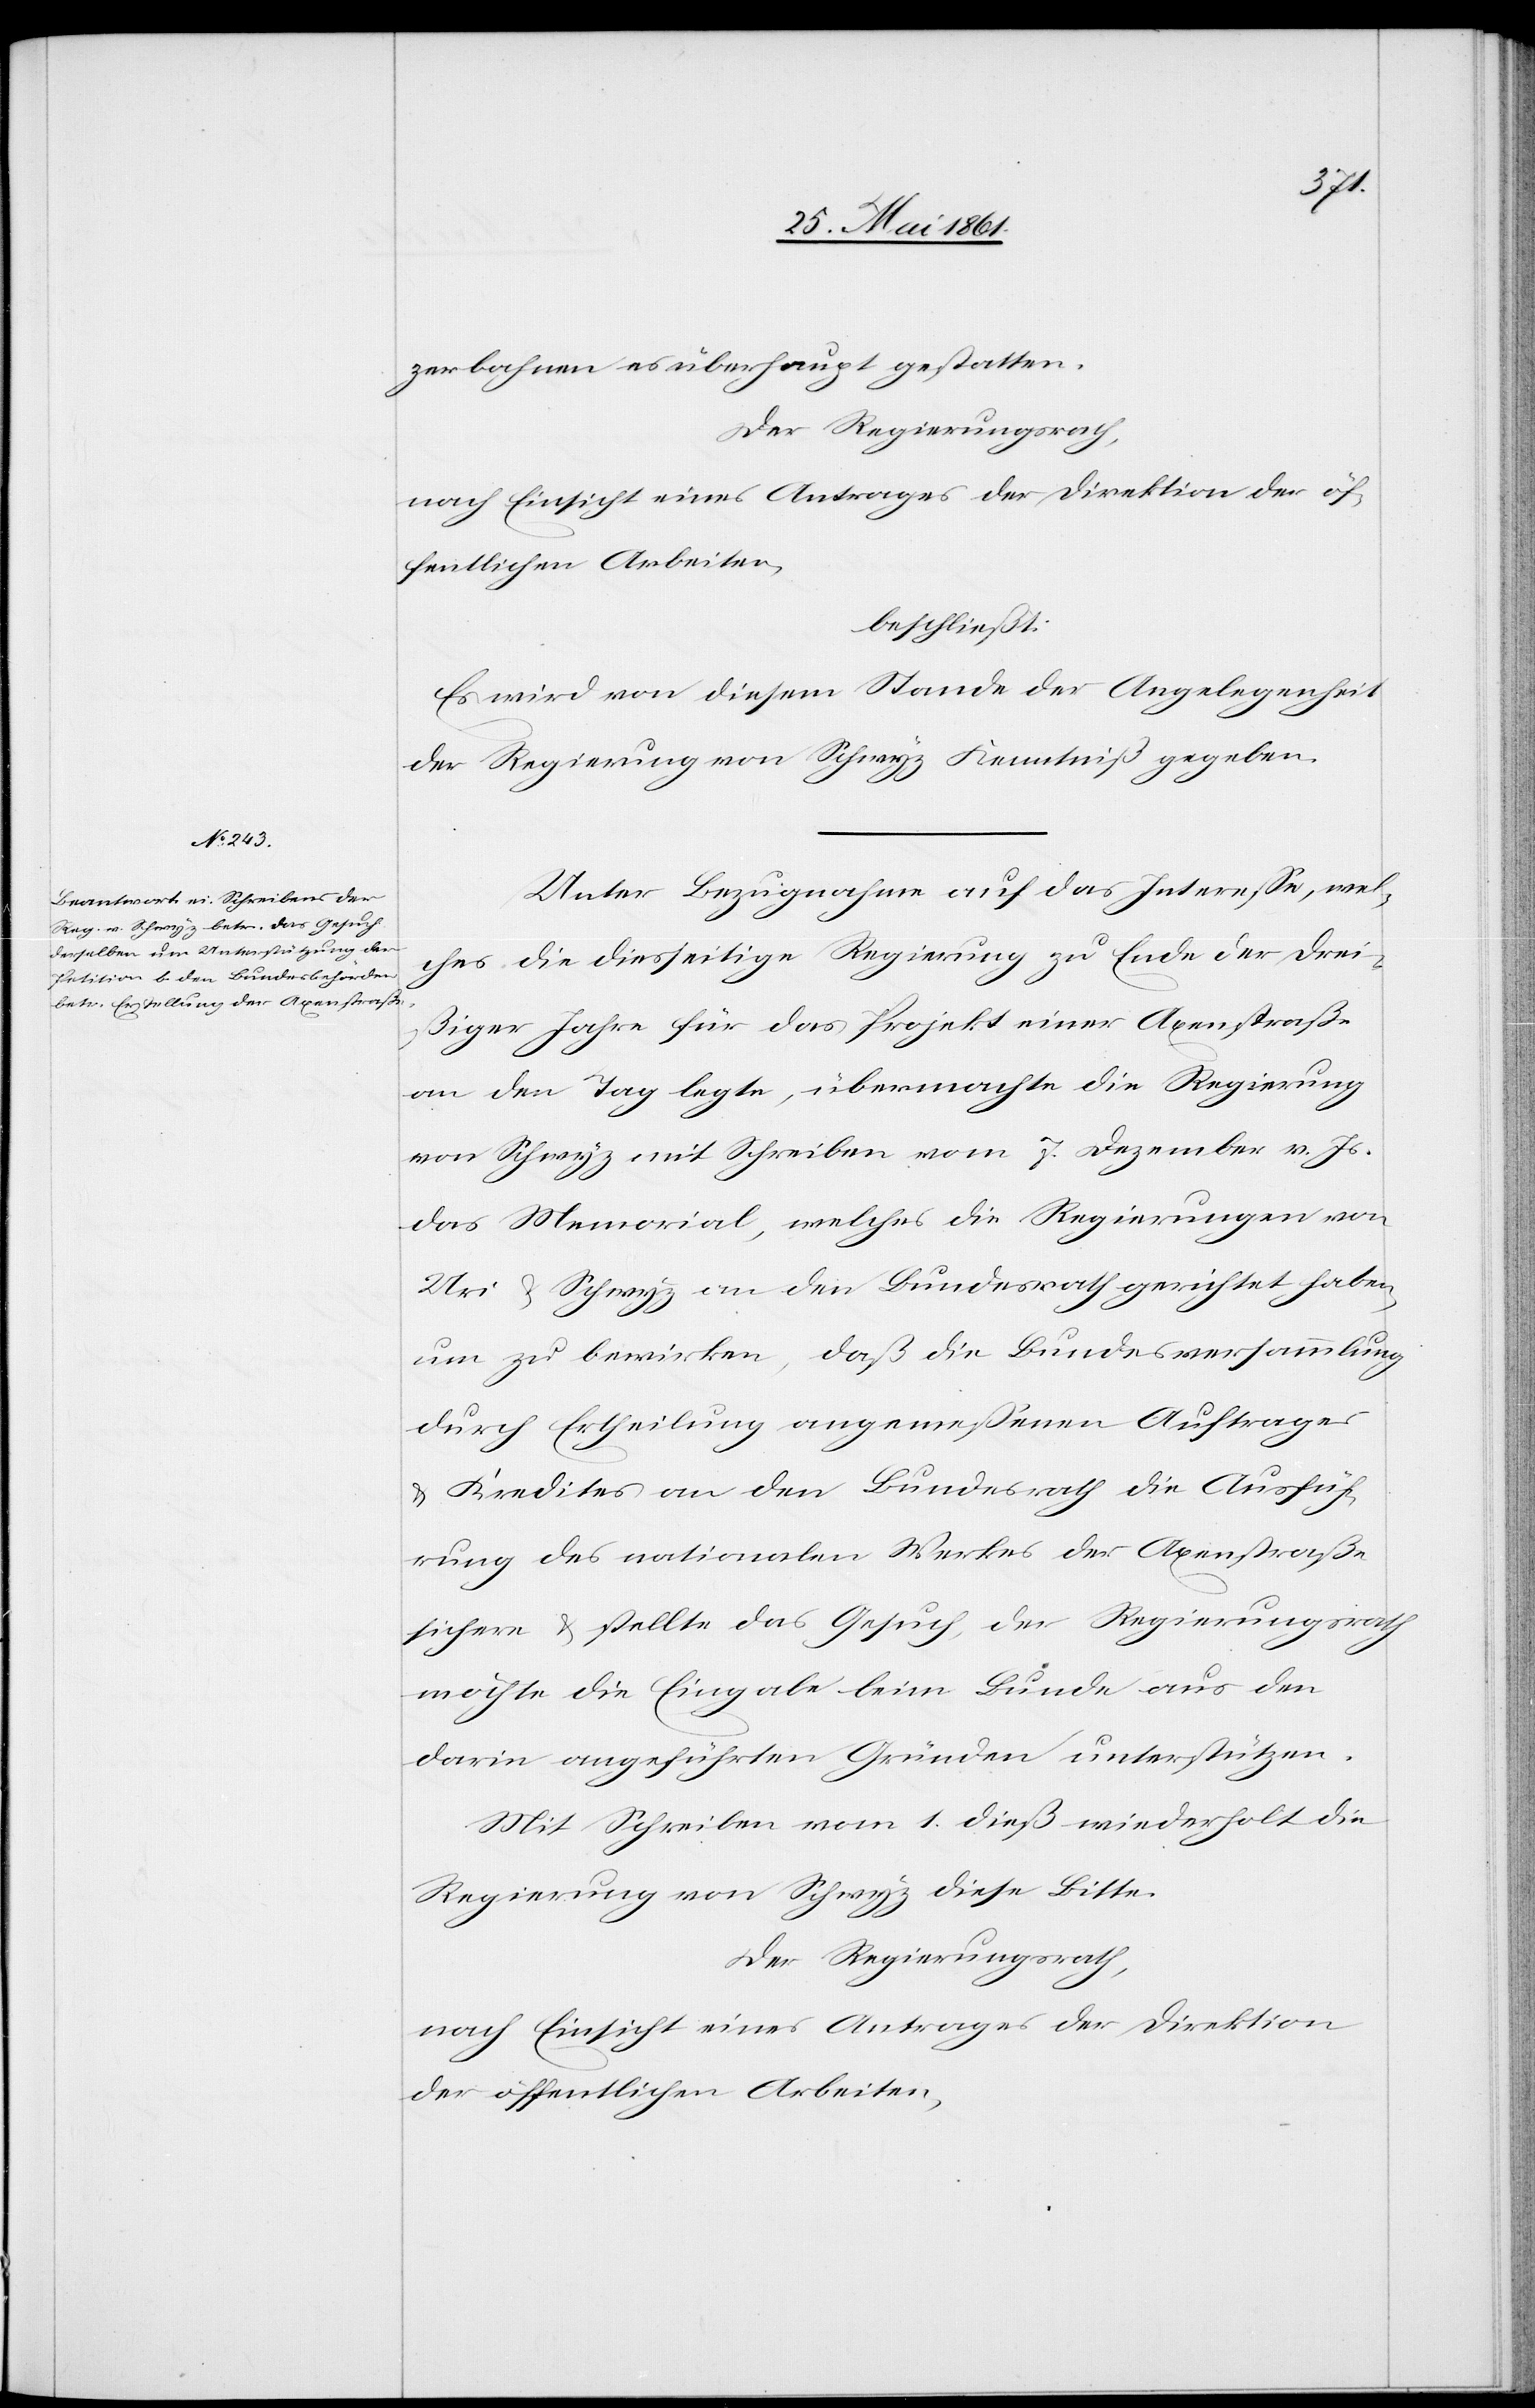
zerbahnen es überhaupt gestatten.
Der Regierungsrath,
nach Einsicht eines Antrages der Direktion der öf¬
fentlichen Arbeiten,
beschließt:
Es wird von diesem Stande der Angelegenheit
der Regierung von Schwyz Kenntniß gegeben.
Unter Bezugnahme auf das Interesse, wel¬
ches die diesseitige Regierung zu Ende der drei¬
ßiger Jahre für das Projekt einer Axenstraße
an den Tag legte, übermachte die Regierung
von Schwyz mit Schreiben vom 7. Dezember v. Js.
das Memorial, welches die Regierungen von
Uri u. Schwyz an den Bundesrath gerichtet haben,
um zu bewirken, daß die Bundesversammlung
durch Ertheilung angemessenen Auftrages
u. Kredites an den Bundesrath die Ausfüh¬
rung des nationalen Werkes der Axenstraße
sichere u., stellte das Gesuch, der Regierungsrath
möchte die Eingabe beim Bunde aus den
darin angeführten Gründen unterstützen.
Mit Schreiben vom 1. dieß wiederholt die
Regierung von Schwyz diese Bitte.
Der Regierungsrath,
nach Einsicht eines Antrages der Direktion
der öffentlichen Arbeiten,